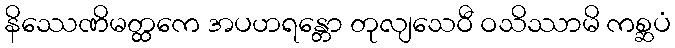
နိဿေဏိမတ္ထကေ အပဟရန္တော တုလျသေဝီ ဝသိဿာမိ ကစ္ဆပံ